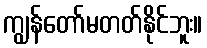
ကျွန်တော်မတတ်နိုင်ဘူး။